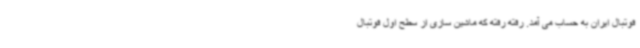
فوتبال ایران به حساب می آمد. رفته رفته که ماشین سازی از سطح اول فوتبال